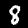
Label: 8